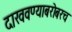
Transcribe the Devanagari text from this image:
दाखवण्याबरोबरच